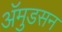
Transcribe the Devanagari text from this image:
अॅमुडसन